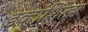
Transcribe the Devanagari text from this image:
इव्हांशित्झ